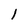
Character: 1